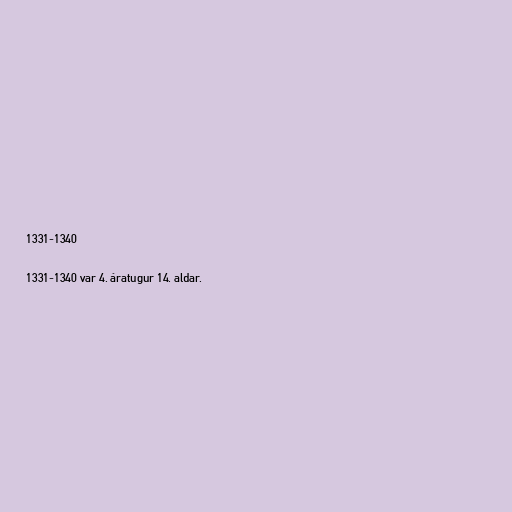
1331-1340

1331-1340 var 4. áratugur 14. aldar.